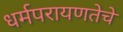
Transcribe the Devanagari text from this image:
धर्मपरायणतेचे